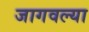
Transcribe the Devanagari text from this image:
जागवल्या